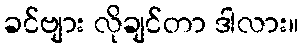
ခင်ဗျား လိုချင်တာ ဒါလား။